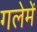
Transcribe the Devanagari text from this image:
गलेमें